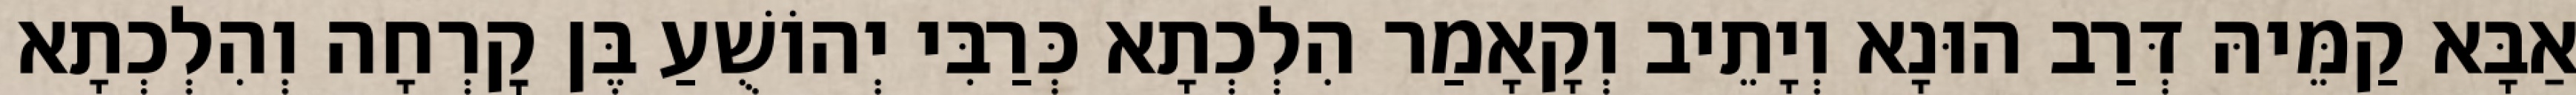
אַבָּא קַמֵּיהּ דְּרַב הוּנָא וְיָתֵיב וְקָאָמַר הִלְכְתָא כְּרַבִּי יְהוֹשֻׁעַ בֶּן קׇרְחָה וְהִלְכְתָא